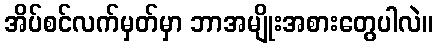
အိပ်စင်လက်မှတ်မှာ ဘာအမျိုးအစားတွေပါလဲ။